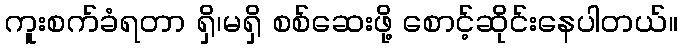
ကူးစက်ခံရတာ ရှိ၊မရှိ စစ်ဆေးဖို့ စောင့်ဆိုင်းနေပါတယ်။